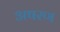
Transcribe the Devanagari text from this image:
अषरण